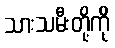
သားသမီးတို့ကို